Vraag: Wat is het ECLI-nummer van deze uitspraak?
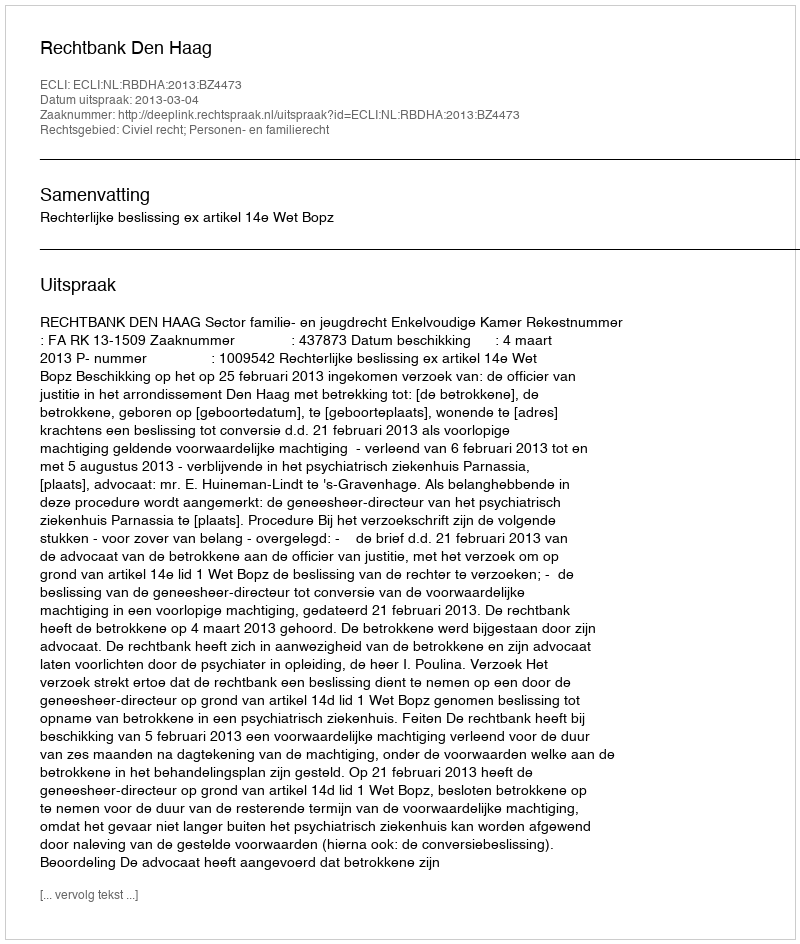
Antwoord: ECLI:NL:RBDHA:2013:BZ4473